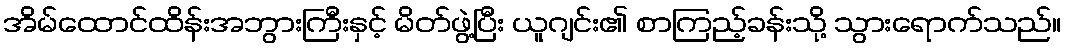
အိမ်ထောင်ထိန်းအဘွားကြီးနှင့် မိတ်ဖွဲ့ပြီး ယူဂျင်း၏ စာကြည့်ခန်းသို့ သွားရောက်သည်။